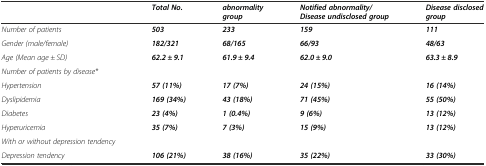
|  | Total No. | abnormality group | Notified abnormality/Disease undisclosed group | Disease disclosed group |
 | --- | --- | --- | --- | --- |
 | Number of patients | 503 | 233 | 159 | 111 |
 | Gender (male/female) | 182/321 | 68/165 | 66/93 | 48/63 |
 | Age (Mean age ± SD) | 62.2 ± 9.1 | 61.9 ± 9.4 | 62.0 ± 9.0 | 63.3 ± 8.9 |
 | Number of patients by disease* |  |  |  |  |
 | Hypertension | 57 (11%) | 17 (7%) | 24 (15%) | 16 (14%) |
 | Dyslipidemia | 169 (34%) | 43 (18%) | 71 (45%) | 55 (50%) |
 | Diabetes | 23 (4%) | 1 (0.4%) | 9 (6%) | 13 (12%) |
 | Hyperuricemia | 35 (7%) | 7 (3%) | 15 (9%) | 13 (12%) |
 | With or without depression tendency |  |  |  |  |
 | Depression tendency | 106 (21%) | 38 (16%) | 35 (22%) | 33 (30%) |